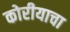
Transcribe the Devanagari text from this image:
कोरीयाचा